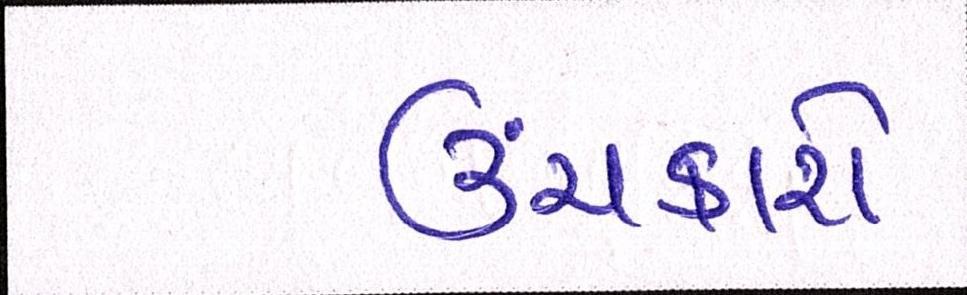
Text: ઉંચકાશે